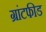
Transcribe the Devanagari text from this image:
ग्रांटफीड